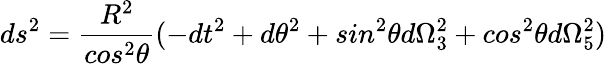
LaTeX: ds^{2}=\frac{R^{2}}{cos^{2}\theta}(-dt^{2}+d\theta^{2}+sin^{2}\theta d\Omega_{3}^{2}+cos^{2}\theta d\Omega_{5}^{2})